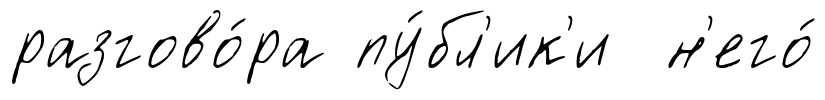
разгово́ра пу́бл'ик'и н'его́